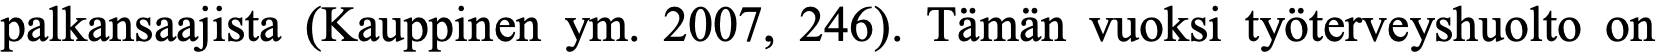
palkansaajista (Kauppinen ym. 2007, 246). Tämän vuoksi työterveyshuolto on